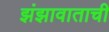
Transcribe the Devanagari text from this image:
झंझावाताची